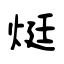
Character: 烶